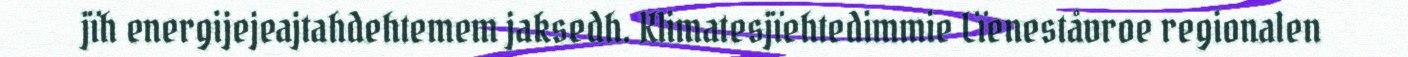
jïh energijejeajtahdehtemem jaksedh. Klimatesjïehtedimmie Lïeneståvroe regionalen